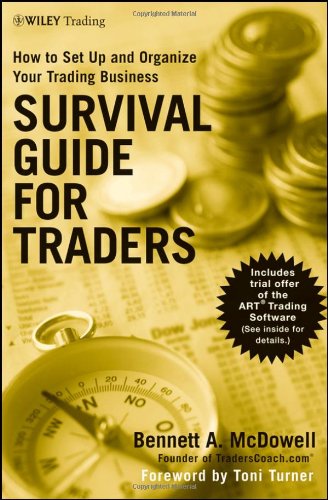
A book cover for Survival Guide for Traders: How to Set Up and Organize Your Trading Business; Bennett A. McDowell; Business & Money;